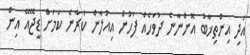
އަދި އިންތިޚާބު އޮންނާނެ ދުވަހެއް ފަހުން އިއުލާން ކުރާނެ ކަމަށް ޑީޖޭއޭ އިން